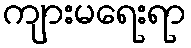
ကျားမရေးရာ